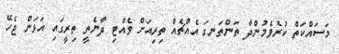
މަސައްކަތް ކުރެވެމުންދާ ތަންތަނގަ އެއްޗެއް ތިރިއަށް ވެއްޓި ދާނެތީ ތިރީގައި އަޅަން ޖެހޭ